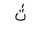
Letter: _tha